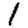
Digit: 1